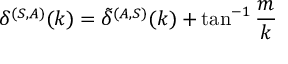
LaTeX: \delta ^ { ( S , A ) } ( k ) = \tilde { \delta } ^ { ( A , S ) } ( k ) + \tan ^ { - 1 } \frac { m } { k }